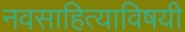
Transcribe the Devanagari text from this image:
नवसाहित्याविषयी